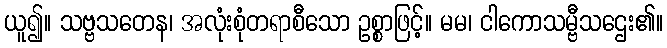
ယူ၍။ သဗ္ဗသတေန၊ အလုံးစုံတရာစီသော ဥစ္စာဖြင့်။ မမ၊ ငါကောသမ္ဗီသဌေး၏။